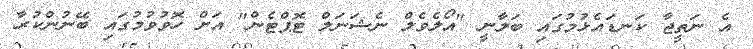
އެ ނަތީޖާ ކަނޑައެޅުމުގައި ބަލާނީ "އޯލެވެލް ނެޝަނަލް ޓޮޕްޓެން" އަށް ހޮވުވުމުގައި ބޭނުންކުރާ